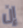
إن